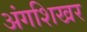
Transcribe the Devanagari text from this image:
अंगशिखर